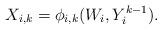
LaTeX: \begin{align*}X_{i,k}=\phi_{i,k} (W_{i},Y_i^{k-1}).\end{align*}